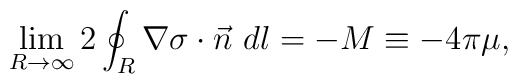
\lim_{R\to\infty}2\oint_R \nabla\sigma\cdot \vec n ~ dl= - M \equiv-4\pi \mu ,